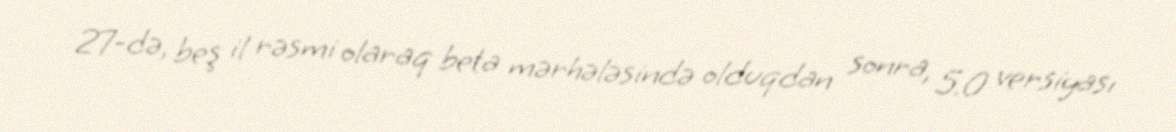
27-də, beş il rəsmi olaraq beta mərhələsində olduqdan sonra, 5.0 versiyası